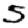
Digit: 5